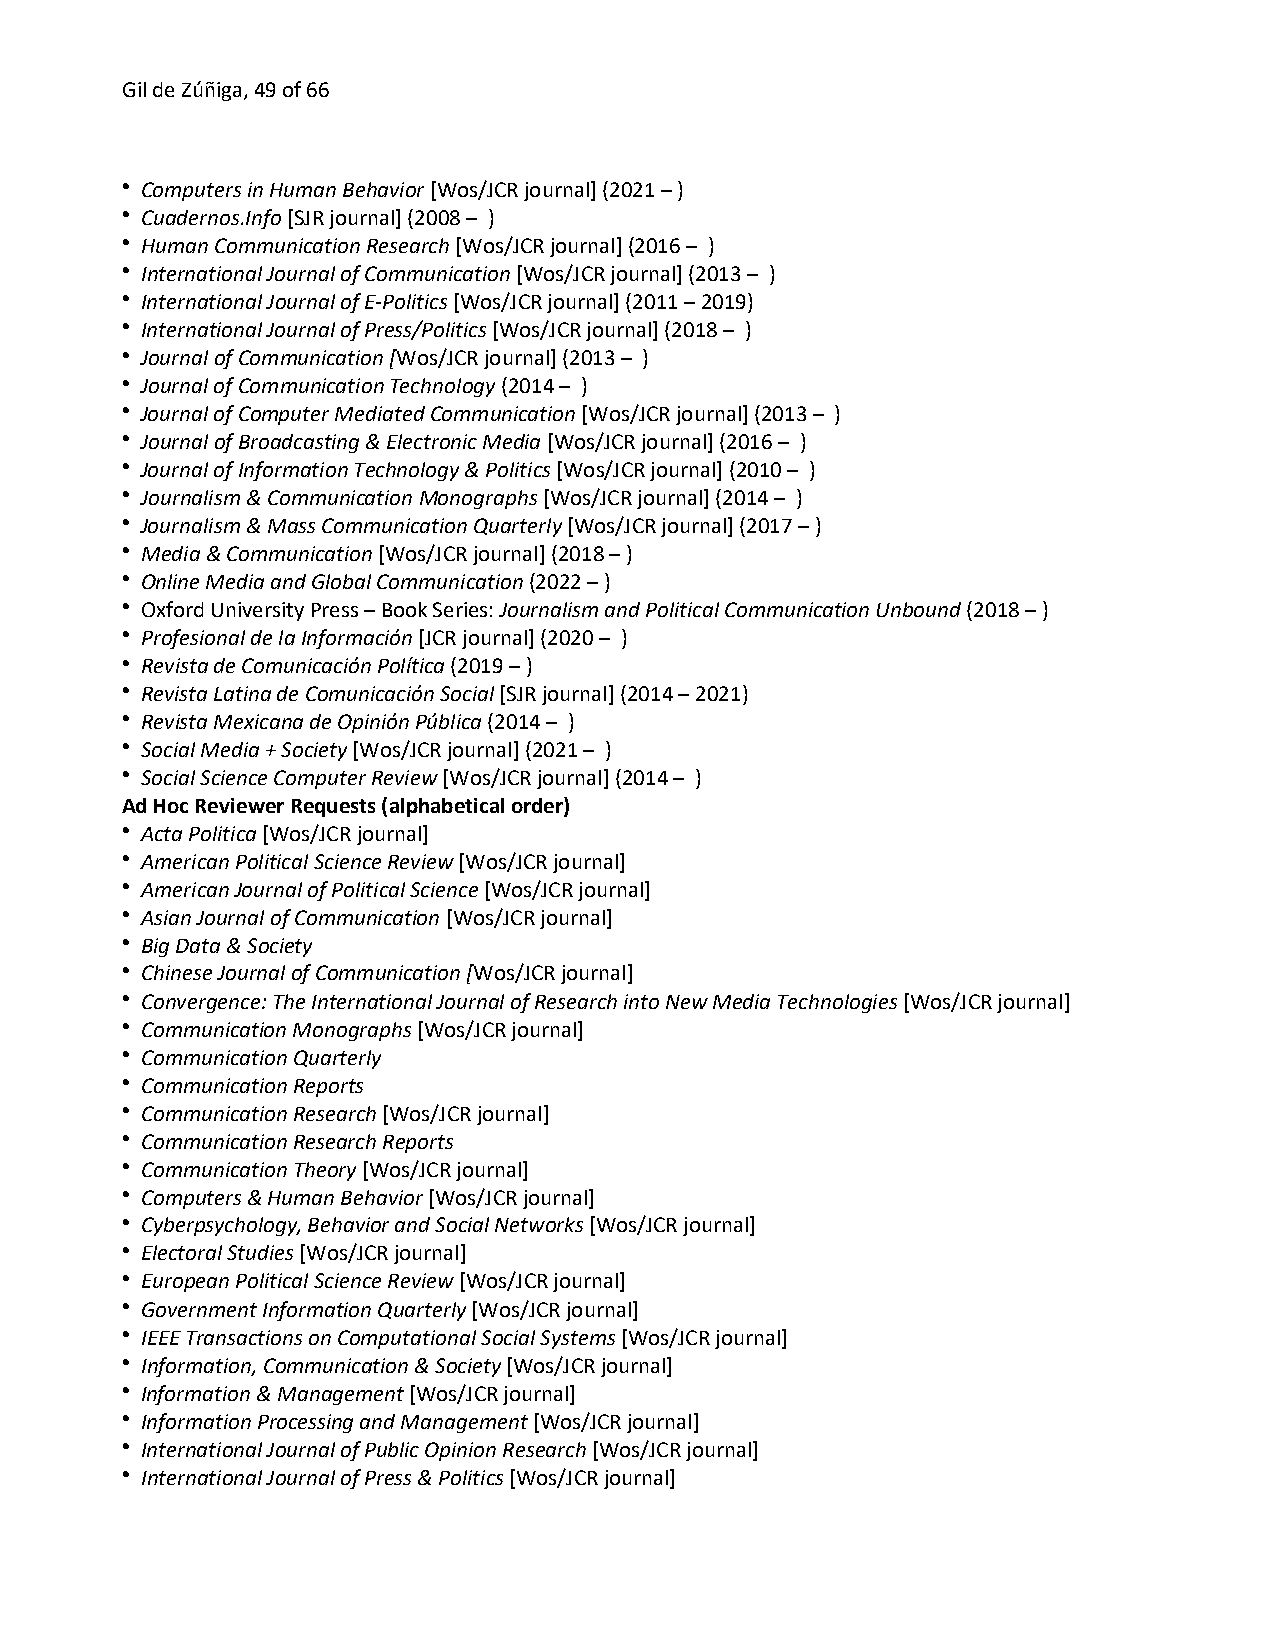
Gil de Zúñiga, 49 of 66
 • Computers in Human Behavior [Wos/JCR journal] (2021 – )
 • Cuadernos.Info [SJR journal] (2008 – )
 • Human Communication Research [Wos/JCR journal] (2016 – )
 • International Journal of Communication [Wos/JCR journal] (2013 – )
 • International Journal of E-Politics [Wos/JCR journal] (2011 – 2019)
 • International Journal of Press/Politics [Wos/JCR journal] (2018 – )
 • Journal of Communication [Wos/JCR journal] (2013 – )
 • Journal of Communication Technology (2014 – )
 • Journal of Computer Mediated Communication [Wos/JCR journal] (2013 – )
 • Journal of Broadcasting & Electronic Media [Wos/JCR journal] (2016 – )
 • Journal of Information Technology & Politics [Wos/JCR journal] (2010 – )
 • Journalism & Communication Monographs [Wos/JCR journal] (2014 – )
 • Journalism & Mass Communication Quarterly [Wos/JCR journal] (2017 – )
 • Media & Communication [Wos/JCR journal] (2018 – )
 • Online Media and Global Communication (2022 – )
 • Oxford University Press – Book Series: Journalism and Political Communication Unbound (2018 – )
 • Profesional de la Información [JCR journal] (2020 – )
 • Revista de Comunicación Política (2019 – )
 • Revista Latina de Comunicación Social [SJR journal] (2014 – 2021)
 • Revista Mexicana de Opinión Pública (2014 – )
 • Social Media + Society [Wos/JCR journal] (2021 – )
 • Social Science Computer Review [Wos/JCR journal] (2014 – )
 Ad Hoc Reviewer Requests (alphabetical order)
 • Acta Politica [Wos/JCR journal]
 • American Political Science Review [Wos/JCR journal]
 • American Journal of Political Science [Wos/JCR journal]
 • Asian Journal of Communication [Wos/JCR journal]
 • Big Data & Society
 • Chinese Journal of Communication [Wos/JCR journal]
 • Convergence: The International Journal of Research into New Media Technologies [Wos/JCR journal]
 • Communication Monographs [Wos/JCR journal]
 • Communication Quarterly
 • Communication Reports
 • Communication Research [Wos/JCR journal]
 • Communication Research Reports
 • Communication Theory [Wos/JCR journal]
 • Computers & Human Behavior [Wos/JCR journal]
 • Cyberpsychology, Behavior and Social Networks [Wos/JCR journal]
 • Electoral Studies [Wos/JCR journal]
 • European Political Science Review [Wos/JCR journal]
 • Government Information Quarterly [Wos/JCR journal]
 • IEEE Transactions on Computational Social Systems [Wos/JCR journal]
 • Information, Communication & Society [Wos/JCR journal]
 • Information & Management [Wos/JCR journal]
 • Information Processing and Management [Wos/JCR journal]
 • International Journal of Public Opinion Research [Wos/JCR journal]
 • International Journal of Press & Politics [Wos/JCR journal]